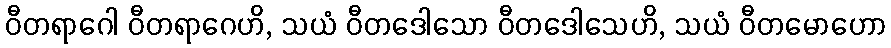
ဝီတရာဂေါ ဝီတရာဂေဟိ, သယံ ဝီတဒေါသော ဝီတဒေါသေဟိ, သယံ ဝီတမောဟော